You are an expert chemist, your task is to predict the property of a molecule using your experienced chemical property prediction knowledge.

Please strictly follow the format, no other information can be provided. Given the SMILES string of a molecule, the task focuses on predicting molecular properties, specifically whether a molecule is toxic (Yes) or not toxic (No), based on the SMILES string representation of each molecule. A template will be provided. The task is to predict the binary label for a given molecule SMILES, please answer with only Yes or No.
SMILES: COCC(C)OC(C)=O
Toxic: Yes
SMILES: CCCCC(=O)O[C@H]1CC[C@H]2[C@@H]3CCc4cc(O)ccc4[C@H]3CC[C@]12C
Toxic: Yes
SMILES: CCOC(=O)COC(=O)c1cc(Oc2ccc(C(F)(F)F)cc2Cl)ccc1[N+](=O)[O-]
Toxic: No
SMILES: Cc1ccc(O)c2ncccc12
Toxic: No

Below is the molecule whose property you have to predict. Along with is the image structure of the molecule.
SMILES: CCOC(=O)CC(=O)CCl
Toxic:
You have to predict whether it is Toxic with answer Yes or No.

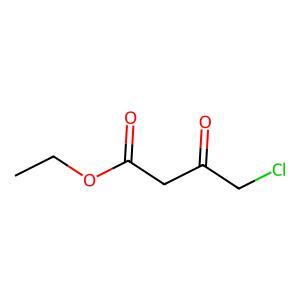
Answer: No